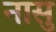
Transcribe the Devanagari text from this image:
नासु